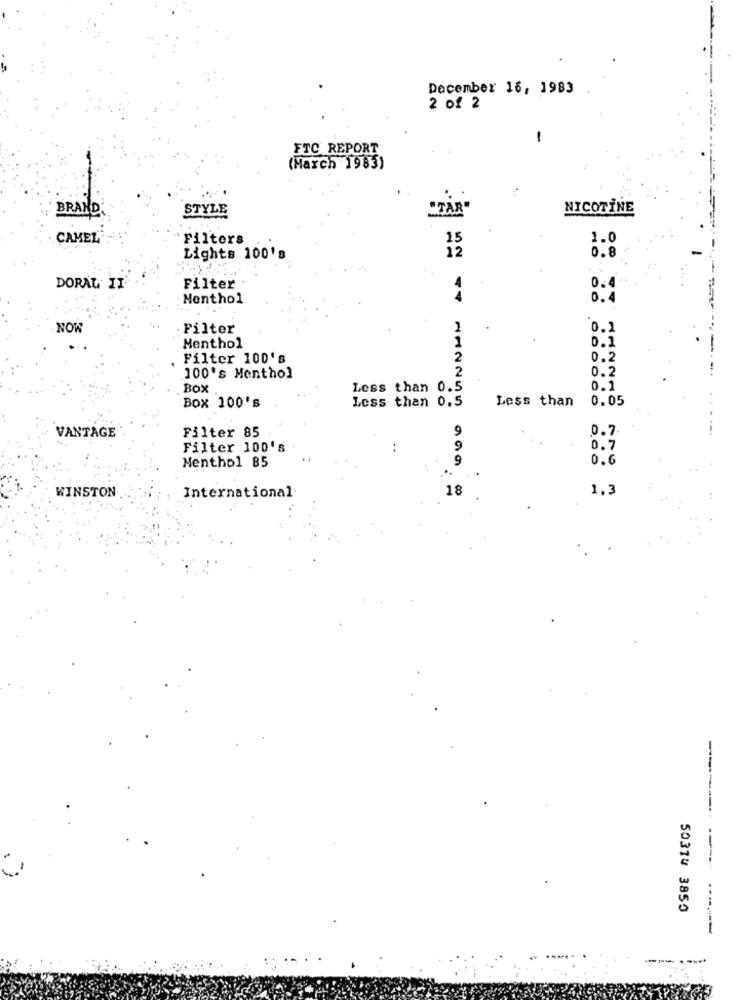
December 16, 1983
2 of 2
-
FTC REPORT
(March 1983)
BRAND
STYLE
ÅR
NICOTINE
CAMEL
Filters
15
1.0
12
Lights 100's
0.8
DORAL II
Filter
0.4
Menthol
0.4
NOW
Filter
0.1
0.1
Menthol
---
Filter 100's
0.2
0.2
100's Menthol
Box
Less than 0.5
0.1
Box 100's
Less than 0.5
Less than
0.05
TY ANNUO
VANTAGE
Filter 85
0.7
Filter 100's
0.7
Menthol 85
0.6
999
International
1.3
WINSTON
---
50314 3850